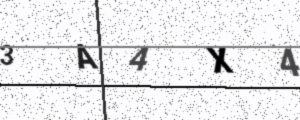
Text: 3A4X4